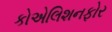
કોએલિશનફોર